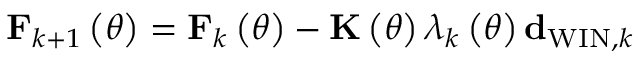
{ \bf F } _ { k + 1 } \left( \theta \right) = { \bf F } _ { k } \left( \theta \right) - { \bf K } \left( \theta \right) \lambda _ { k } \left( \theta \right) { \bf d } _ { \mathrm { W I N } , k }